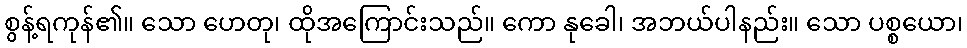
စွန့်ရကုန်၏။ သော ဟေတု၊ ထိုအကြောင်းသည်။ ကော နုခေါ၊ အဘယ်ပါနည်း။ သော ပစ္စယော၊